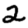
Digit: 2